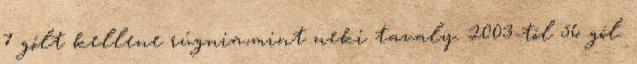
7 gólt kellene rúgnia,mint neki tavaly. 2003-tól 56 gól.